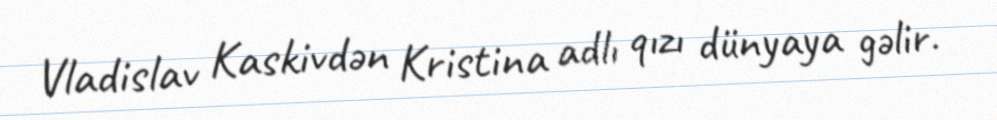
Vladislav Kaskivdən Kristina adlı qızı dünyaya gəlir.